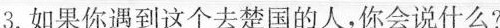
3.如果你遇到这个去楚国的人，你会说什么?